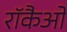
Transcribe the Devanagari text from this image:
रॉकैओ